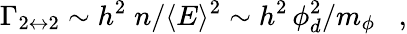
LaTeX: \Gamma_{2\leftrightarrow 2}\sim h^{2}\; n/\langle E\rangle^{2}\sim h^{2}\, \phi_{d}^{2}/m_{\phi}\; \; \; ,